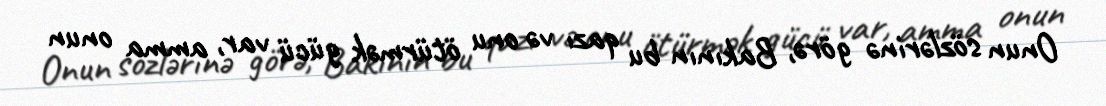
Onun sözlərinə görə, Bakının bu qazı və onu ötürmək gücü var, amma onun